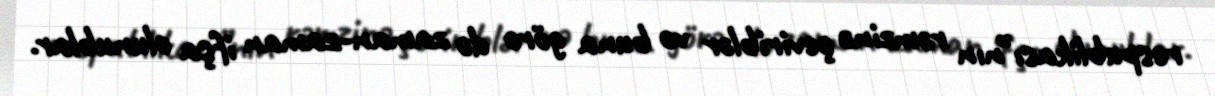
respublikası”nın rəmzinə çeviriblər və buna görə də zaman-zaman ifşa olunublar.